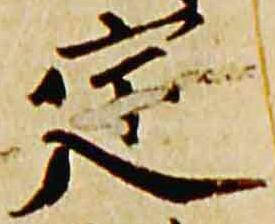
定